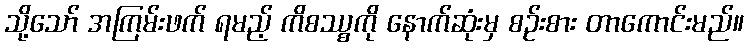
သို့သော် အကြမ်းဖက် ရမည့် ကိစဿ္စကို နောက်ဆုံးမှ စဉ်းစား တာကောင်းမည်။